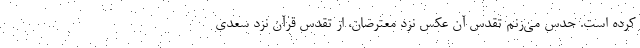
کرده است. حدس می‌زنم تقدس آن عکس نزد معترضان، از تقدس قرآن نزد سعدی